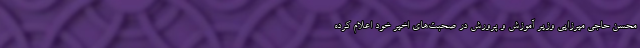
محسن حاجی میرزایی وزیر آموزش و پرورش در صحبت‌های اخیر خود اعلام کرده